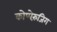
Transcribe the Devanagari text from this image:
कोप्पेरुंजिग